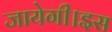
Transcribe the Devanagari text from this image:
जायेगी।इस